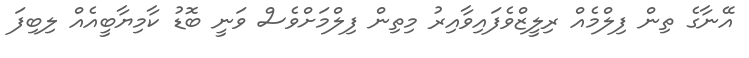
އޭނާގެ ތިން ފިލްމެއް ރިލީޒްވެފައިވާއިރު މިތިން ފިލްމަށްވެސް ވަނީ ބޮޑު ކާމިޔާބީއެއް ލިބިފަ